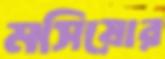
মসিয়োর